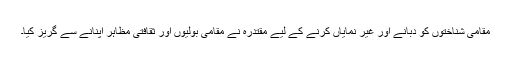
مقامی شناختوں کو دبانے اور غیر نمایاں کرنے کے لیے مقتدرہ نے مقامی بولیوں اور ثقافتی مظاہر اپنانے سے گریز کیا۔